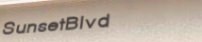
SunsetBlvd